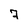
Character: 7